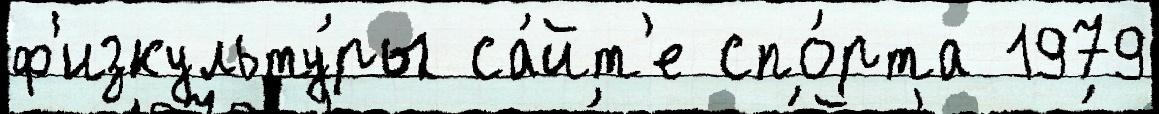
ф'изкульту́ры са́йт'е спо́рта 1979